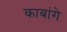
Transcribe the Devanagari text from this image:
काबांगे